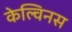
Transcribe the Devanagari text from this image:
केल्विनस